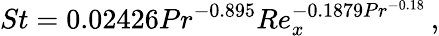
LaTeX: St=0.02426Pr^{-0.895}Re_{x}^{-0.1879Pr^{-0.18}}\, ,